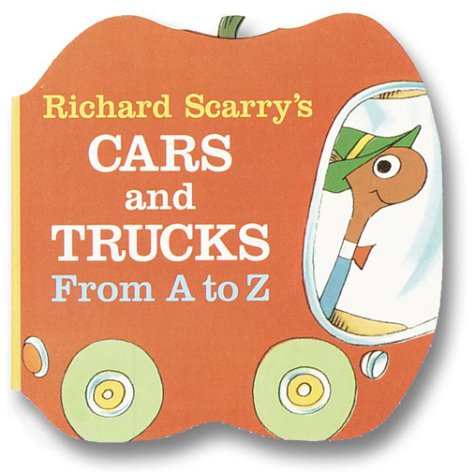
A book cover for Richard Scarry's Cars and Trucks from A to Z (A Chunky Book(R)); Richard Scarry; Children's Books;